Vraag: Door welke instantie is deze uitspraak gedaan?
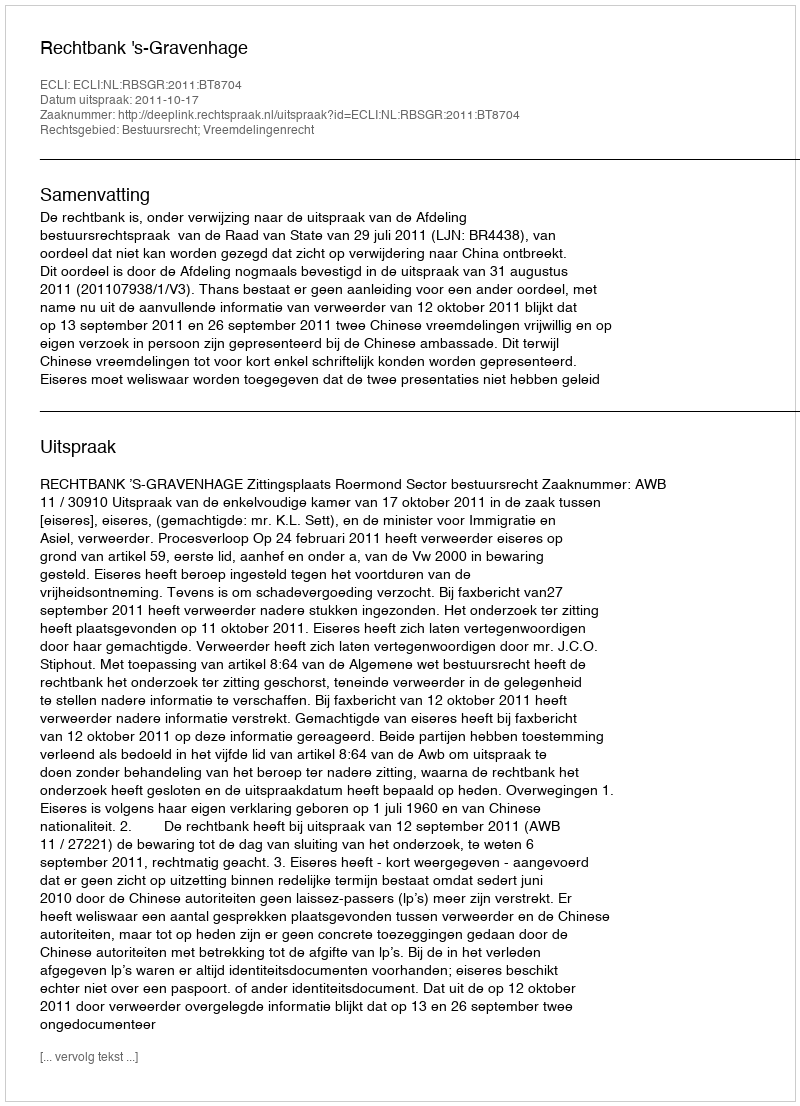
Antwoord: Rechtbank 's-Gravenhage